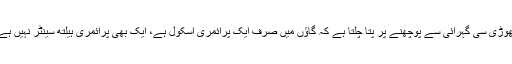
تھوڑی سی گہرائی سے پوچھنے پر پتا چلتا ہے کہ گاؤں میں صرف ایک پرائمری اسکول ہے، ایک بھی پرائمری ہیلتھ سینٹر نہیں ہے۔